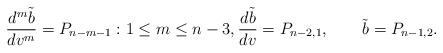
\begin{align*} \frac{d^m\tilde{b}}{dv^m}=P_{n-m-1}:1\leq m\leq n-3,\frac{d\tilde{b}}{dv}=P_{n-2,1},\qquad\tilde{b}=P_{n-1,2}.\end{align*}